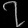
Digit: ၇